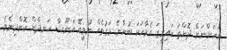
އަހަންނަށް ދޮންތަ ކައިރީގަ އެވާހަކަ ބުނާނެ ވަގުތެއް ނުވީއޭ އަނޫޝާ ހަނދާން ކޮށްދިނެވެ.